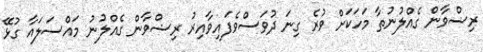
ރިޟްވާން ގެއްލުނުތާ މަހަކަށް ވުރެ ގިނަ ދުވަސްވެފައިވާއިރު ރިޟްވާން ގެއްލުނު މައްސަލައާ ގުޅޭ